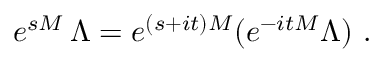
e ^ { s M } \, \Lambda = e ^ { ( s + i t ) M } ( e ^ { - i t M } \Lambda ) \ .